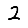
Digit: 2